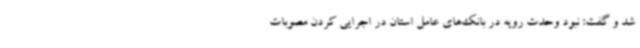
شد و گفت: نبود وحدت رویه در بانک‌های عامل استان در اجرایی کردن مصوبات